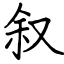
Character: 叙